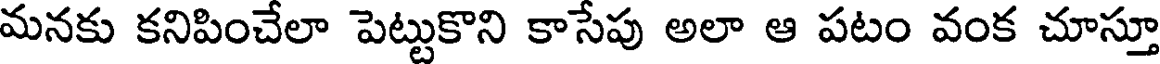
మనకు కనిపించేలా పెట్టుకొని కాసేపు అలా ఆ పటం వంక చూస్తూ